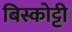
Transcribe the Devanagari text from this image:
बिस्कोट्टी